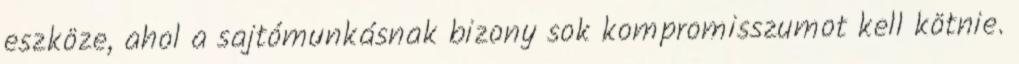
eszköze, ahol a sajtómunkásnak bizony sok kompromisszumot kell kötnie.